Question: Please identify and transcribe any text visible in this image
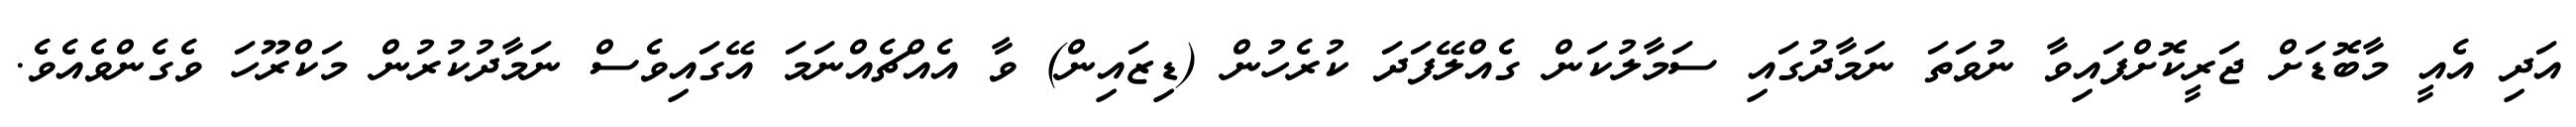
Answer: އަދި އެއީ މާބޮޑަށް ޖަރީކޮށްފައިވާ ނުވަތަ ނަމާދުގައި ސަމާލުކަން ގެއްލޭފަދަ ކުރެހުން (ޑިޒައިން) ވާ އެއްޗެއްނަމަ އޭގައިވެސް ނަމާދުކުރުން މަކްރޫހަ ވެގެންވެއެވެ.